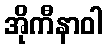
အိုကီနာဝါ